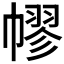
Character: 𢄪